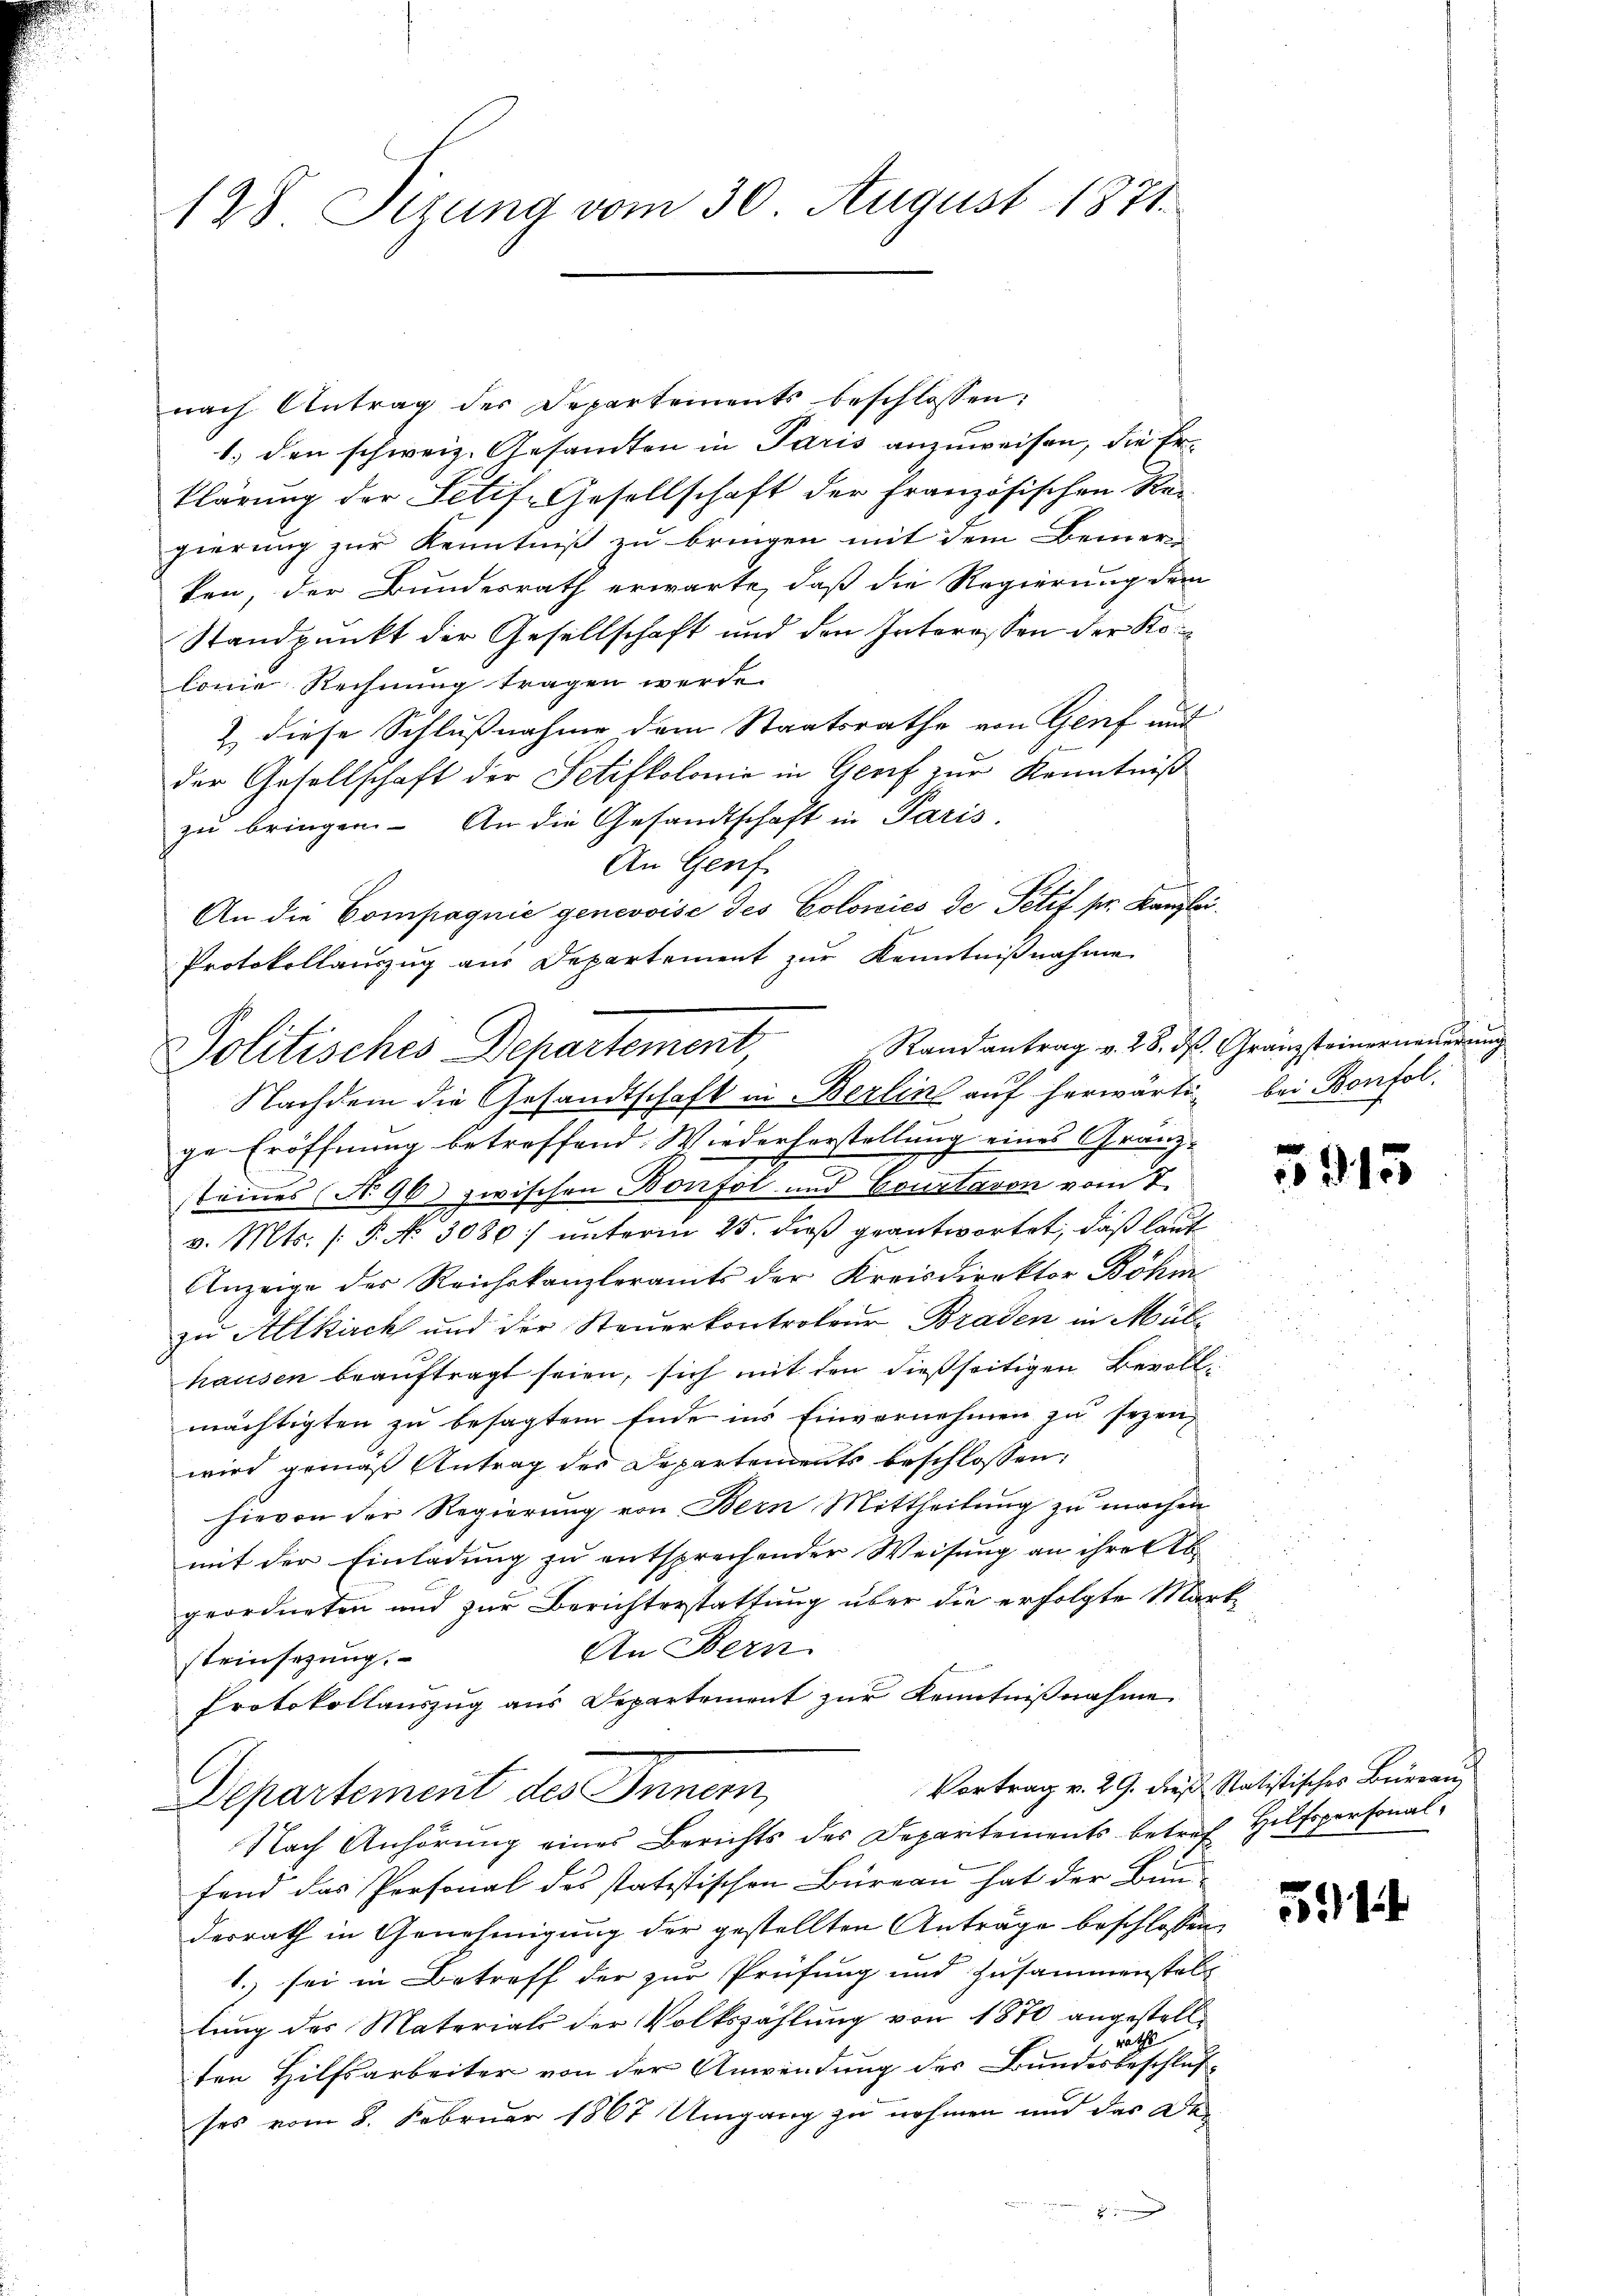
128 Sizung vom 30. August 1871.

nach Antrag des Departements beschlossen:
1. den schweiz. Gesamten in Paris anzuweisen, die Erklärung der Stif-Gesellschaft der französischen Ker
gierung zur Kenntniß zu bringen mit dem Bemer
ken, der Bundesrath erwarte, daß die Regierung dem
Standpunkt der Gesellschaft und den Interessen der Kolonie Rechnung tragen werde.
& diese Schlußnahme dem Staatsrathe von Genf mit
der Gesellschaft der Setifkolonie in Genf zur Kenntniß
zŭ bringen. An die Gesandtschaft in Paris
An Genf
An die Compagnie genevoise des Colonies de Petif pr. Kanzlei
Nachdem die Gesandtschaft in Berlin auf herwärtig bei Bonfol
ge Eröffnung betreffend Wiederherstellung eines Granz-
stämmes (No 96) zwischen Bonfol und Coustavon vom 7.
v. Mts. (T. No 3086) unterm 25. dieß geantwortet, daß laut
Anzeige des Reichskanzleramts der Kreisdirektor Böhm
zu Altkirch und der Steŭerkontroleur Braden in Müll
hausen beauftragt seien, sich mit den dießseitigen Bevollmächtigten zu besagtem Ende ins Einvernehmen zu sezen,
wird gemäß Antrag des Departements beschlossen:
hievon der Regierung von Bern Mittheilung zu machen
mit der Einladung zu entsprechender Weisung an ihre Abgeordneten und zur Berichterstattung über die erfolgte Mart¬
An Bern.
steinsezung.
Protokollauszug aus Departement zur Kenntnißnahme
Vortrag v. 29. dieß Statistisches Büreau
Departement des Innern,
Nach Anhörung eines Berichts des Departements betref Hilfspersonalfand das Personal des statistischen Büreau hat der Bun-
desrath in Genehmigung der gestellten Anträge beschlossen,
1. sei in Betreff der zur Prüfung und Zusammenstal-
lung des Materials der Volkszählung von 1870 angestell¬
 rathe
ten Hilfsarbeiter von der Anwendung des Bundesbeschluß-
ses vom 8. Februar 1867 Umgang zu nehmen und das De-

Protokollauszug aus Departement zur Kenntnißnahme
Politisches Behartement

Randantrag v. 28. d. Granzsteinerneuerung

915

514